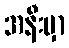
အနီးမှာ